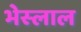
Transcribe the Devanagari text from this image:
भेस्‍लाल